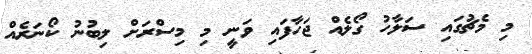
މި މެޗުގައި ސަލާހު ގޯލެއް ޖަހާފައި ވަނީ މި މިސްރަށް ލިބުނު ކޯނަރެއް